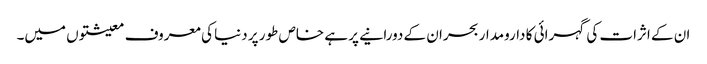
ان کے اثرات کی گہرائی کا دارومدار بحران کے دورانیے پر ہے خاص طور پر دنیا کی معروف معیشتوں میں۔